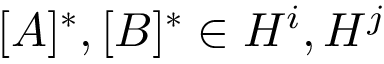
[ A ] ^ { * } , [ B ] ^ { * } \in H ^ { i } , H ^ { j }